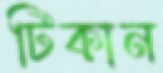
টিকান